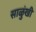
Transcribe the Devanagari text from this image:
साळुंखी